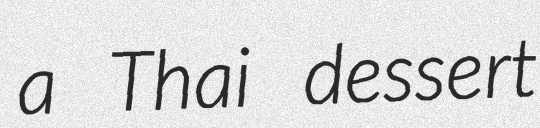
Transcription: a Thai dessert